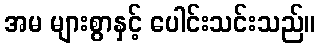
အမ များစွာနှင့် ပေါင်းသင်းသည်။